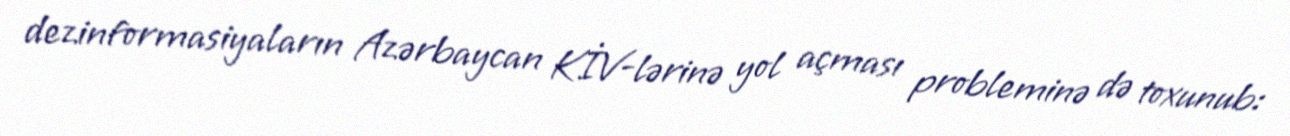
dezinformasiyaların Azərbaycan KİV-lərinə yol açması probleminə də toxunub: